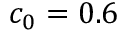
c _ { 0 } = 0 . 6